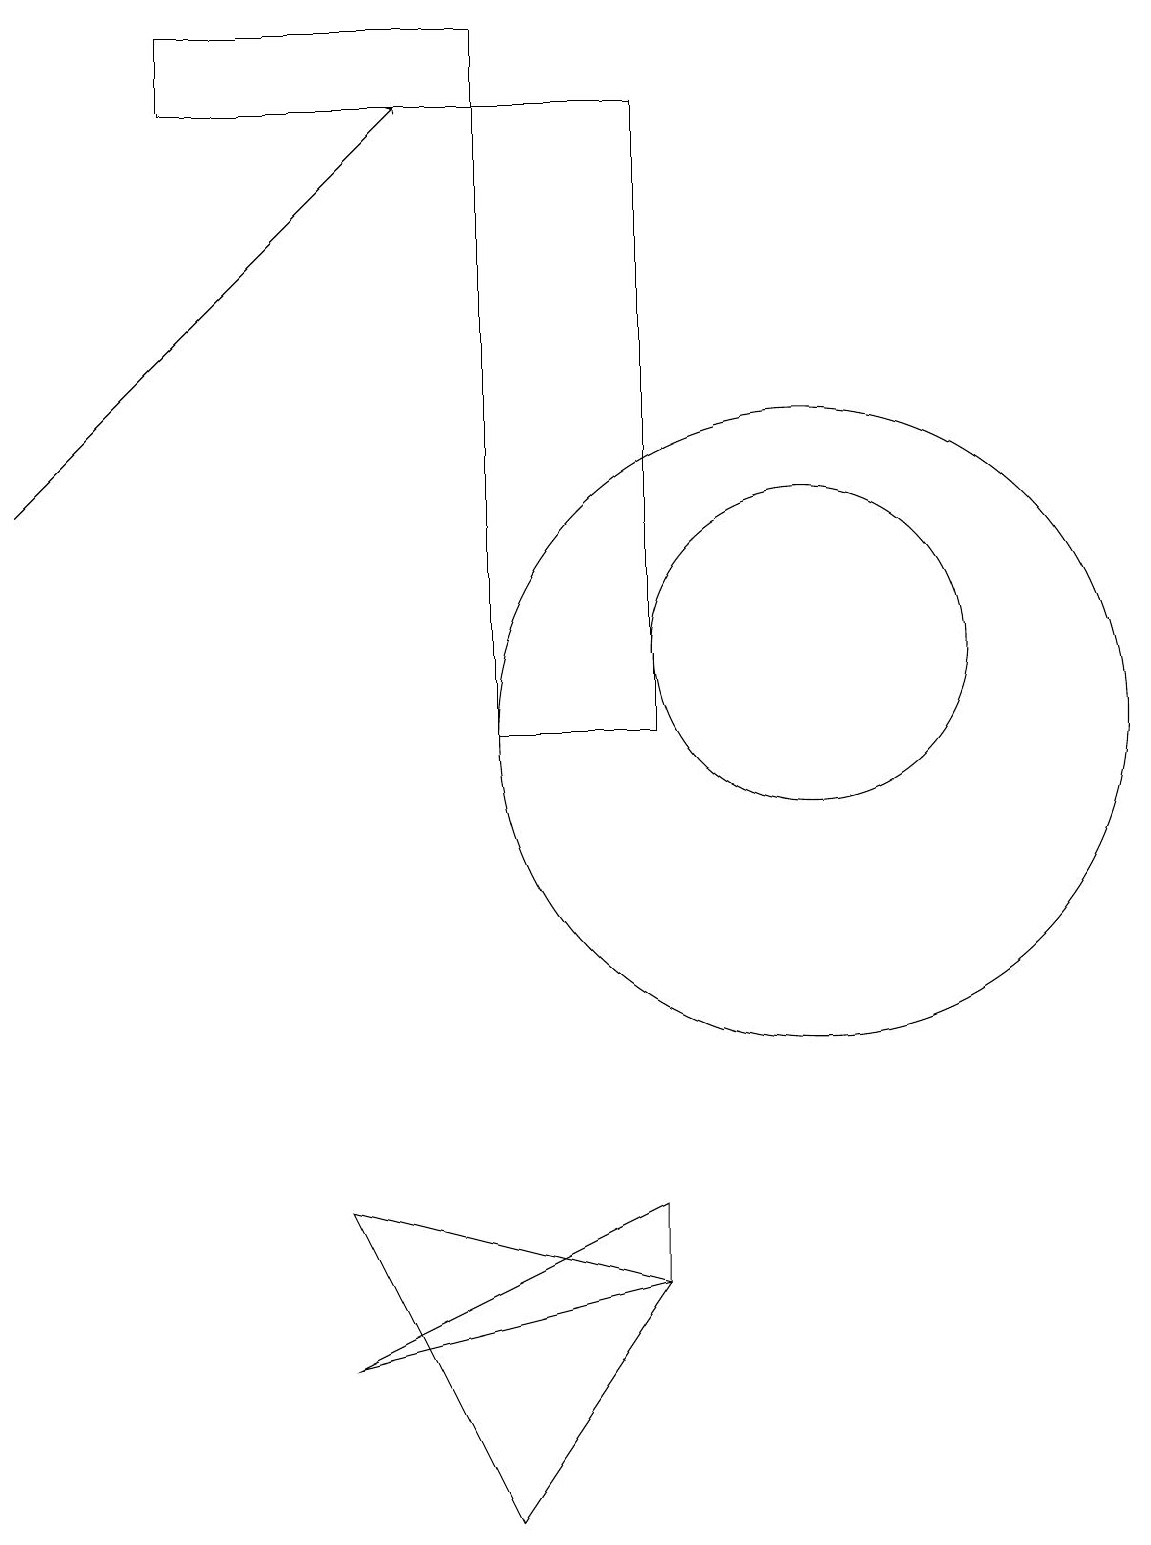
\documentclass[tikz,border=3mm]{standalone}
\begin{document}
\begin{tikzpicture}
\draw[->] (1,13) -- (6,18);
\draw (9,3) -- (9,4) -- (5,2) -- cycle;
\draw (9,11) rectangle (9,18);
\draw (11,10) circle (4);
\draw (7,18) rectangle (9,10);
\draw (7,0) -- (5,4) -- (9,3) -- cycle;
\draw (11,11) circle (2);
\draw (3,19) rectangle (7,18);
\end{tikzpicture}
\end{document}